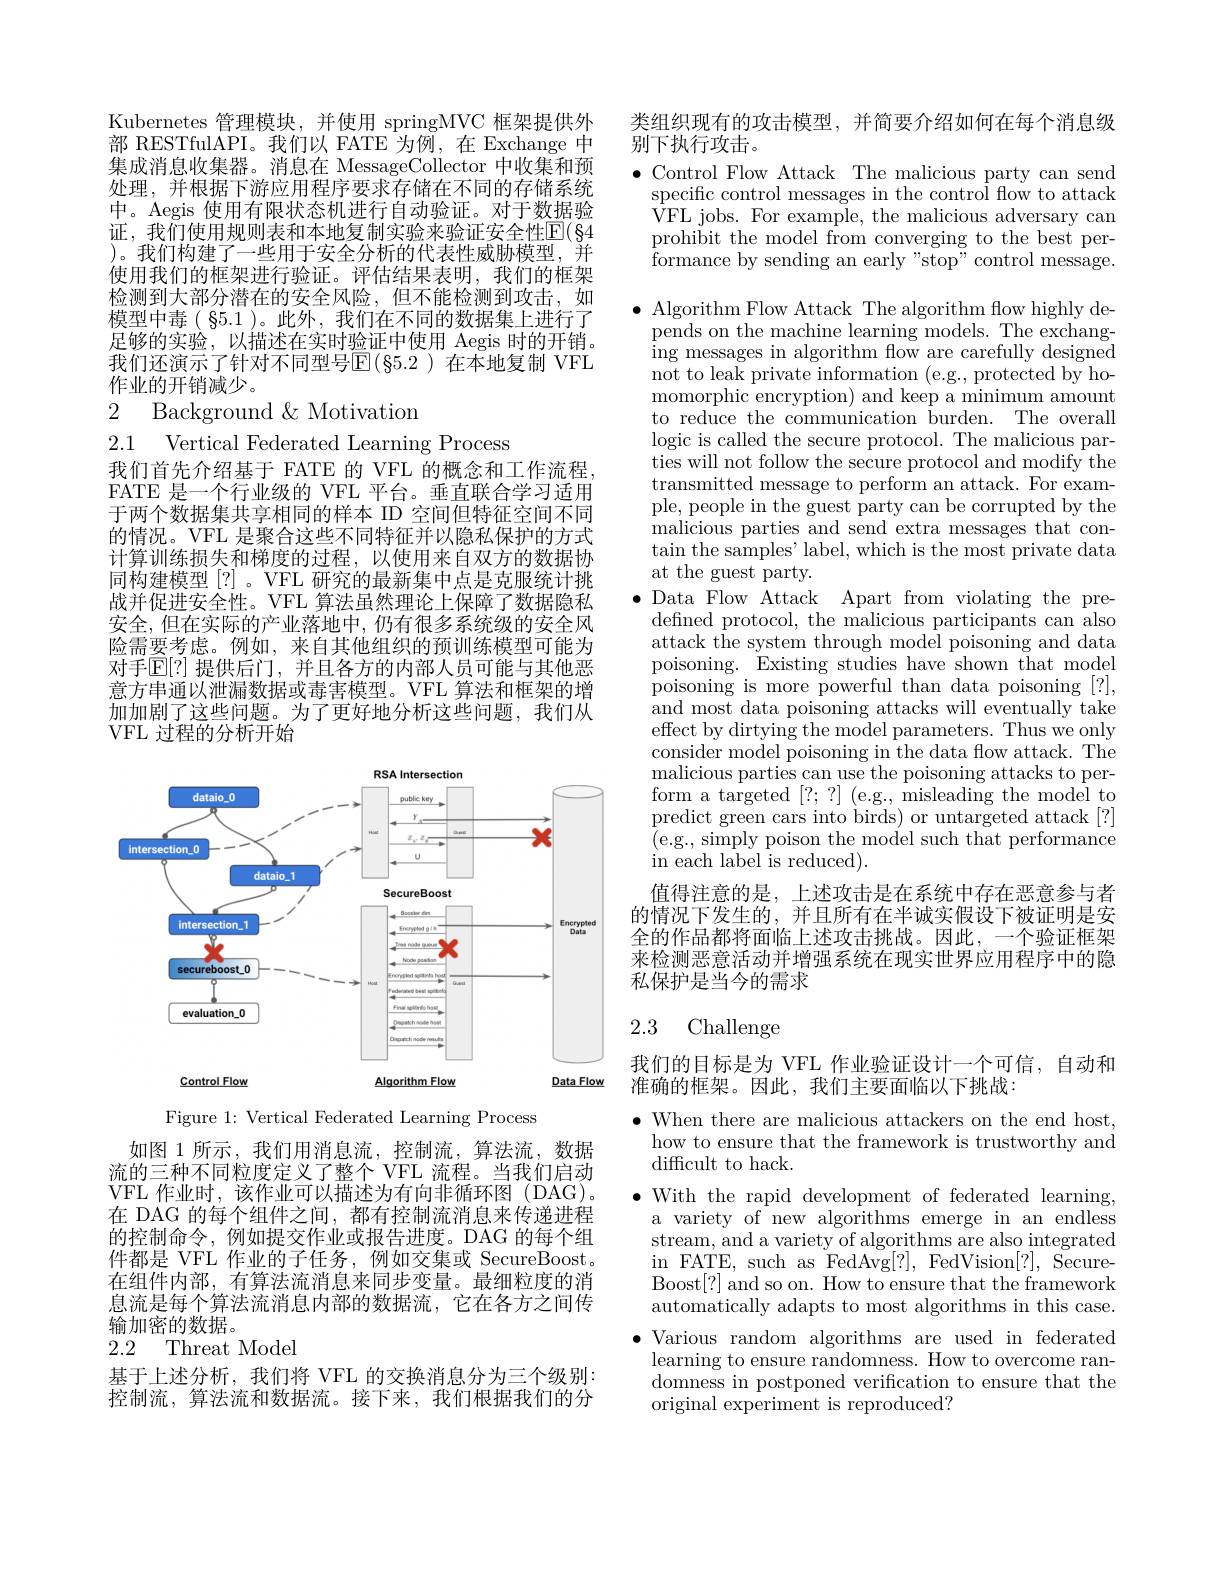
Kubernetes 管理模块，并使用 springMVC 框架提供外部 RESTfulAPI。我们以 FATE 为例，在 Exchange 中集成消息收集器。消息在 MessageCollector 中收集和预处理，并根据下游应用程序要求存储在不同的存储系统中。Aegis 使用有限状态机进行自动验证。对于数据验证，我们使用规则表和本地复制实验来验证安全性$\overline{\mathrm{E}}(\S4$ )。我们构建了一些用于安全分析的代表性威胁模型，并使用我们的框架进行验证。评估结果表明，我们的框架检测到大部分潜在的安全风险，但不能检测到攻击，如模型中毒( 85.1 )。此外，我们在不同的数据集上进行了足够的实验，以描述在实时验证中使用 Aegis 时的开销。我们还演示了针对不同型号$\overline{\mathbb{E}}(\S5.2)$ 在本地复制 VFL 作业的开销减少。

2 Background$\&$Motivatiom

2.1 Vertical Federated Learning Process

我们首先介绍基于 FATE 的 VFL 的概念和工作流程FATE 是一个行业级的 VFL 平台。垂直联合学习适用于两个数据集共享相同的样本 ID 空间但特征空间不同的情况。VFL 是聚合这些不同特征并以隐私保护的方式计算训练损失和梯度的过程，以使用来自双方的数据协同构建模型[?]。VFL 研究的最新集中点是克服统计挑战并促进安全性。VFL 算法虽然理论上保障了数据隐私安全，但在实际的产业落地中，仍有很多系统级的安全风险需要考虑。例如，来自其他组织的预训练模型可能为对手$\mathbb{E}[?]$ 提供后门，并且各方的内部人员可能与其他恶意方串通以泄漏数据或毒害模型。VFL 算法和框架的增加加剧了这些问题。为了更好地分析这些问题，我们从VFL 过程的分析开始

<FigureHere>

Figure 1: Vertical Federated Learning Process

如图 1 所示，我们用消息流，控制流，算法流，数据流的三种不同粒度定义了整个 VFL 流程。当我们启动VFL 作业时，该作业可以描述为有向非循环图 (DAG)。在 DAG 的每个组件之间，都有控制流消息来传递进程的控制命令，例如提交作业或报告进度。DAG 的每个组件都是 VFL 作业的子任务，例如交集或 SecureBoost. 在组件内部，有算法流消息来同步变量。最细粒度的消息流是每个算法流消息内部的数据流，它在各方之间传输加密的数据。
2.2 Threat Model

基于上述分析，我们将 VFL 的交换消息分为三个级别： 控制流，算法流和数据流。接下来，我们根据我们的分

类组织现有的攻击模型，并简要介绍如何在每个消息级
别下执行攻击。

$\bullet$ Control Flow Attack The malicious party can send specific control messages in the control flow to attack VFL jobs. For example, the malicious adversary can prohibit the model from converging to the best performance by sending an early"stop"control message.

$\bullet$ Algorithm Flow Attack The algorithm flow highly de-
pends on the machine learning models. The exchanging messages in algorithm flow are carefully designed $\bar{\text{not to leak private information (e.g., protected by ho-}}$ momorphic encryption) and keep a minimum amount to reduce the communication burden. The overall logic is called the secure protocol. The malicious parties will not follow the secure protocol and modify the transmitted message to perform an attack. For example, people in the guest party can be corrupted by the malicious parties and send extra messages that con- $\tan$ the samples' label, which is the most private data at the guest party.
$\bullet$ Data Flow Attack Apart from violating the predefined protocol, the malicious participants can also attack the system through model poisoning and data poisoning. Existing studies have shown that model poisoning is more powerful than data poisoning [?], $\bar{\text{and most data poisoning attacks will eventually take}}$ effect by dirtying the model parameters. Thus we only consider model poisoning in the data flow attack. The malicious parties can use the poisoning attacks to perform a targeted [?; ? ] (e.g., misleading the model to predict green cars into birds) or untargeted attack[?] (e.g., simply poison the model such that performance in each label is reduced).
值得注意的是，上述攻击是在系统中存在恶意参与者的情况下发生的，并且所有在半诚实假设下被证明是安全的作品都将面临上述攻击挑战。因此，一个验证框架来检测恶意活动并增强系统在现实世界应用程序中的隐私保护是当今的需求

# 2.3 Challenge

我们的目标是为 VFL 作业验证设计一个可信，自动和
准确的框架。因此，我们主要面临以下挑战：

$\bullet$ When there are malicious attackers on the end host,
how to ensure that the framework is trustworthy and
difficult to hack.
$\bullet$ With the rapid development of federated learning,
a variety of new algorithms emerge in an endless stream, and a variety of algorithms are also integrated in FATE, such as FedAvg[?], FedVision[?], SecureBoost[?] and so on. How to ensure that the framework automatically adapts to most algorithms in this case. $\bullet$ Various random algorithms are used in federated learning to ensure randomness. How to overcome randomness in postponed verification to ensure that the original experiment is reproduced?